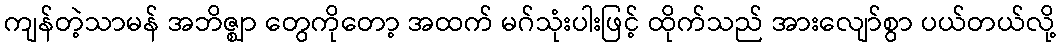
ကျန်တဲ့သာမန် အဘိဇ္ဈာ တွေကိုတော့ အထက် မဂ်သုံးပါးဖြင့် ထိုက်သည် အားလျော်စွာ ပယ်တယ်လို့